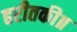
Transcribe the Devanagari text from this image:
हरीतकी॥